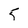
Character: 5